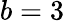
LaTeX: b=3